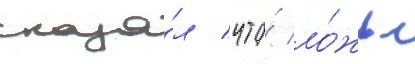
сказа́л / что́ ло́жь